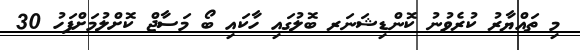
މި ތައްޔާރު ކުރެވުނު ކޮންޑިޝަނަރ ބޮލުގައި ހާކައި ބޯ މަސާޖް ކޮށްލުމަށްފަހު 30